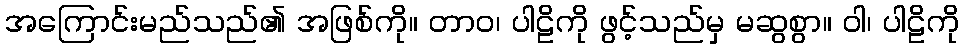
အကြောင်းမည်သည်၏ အဖြစ်ကို။ တာဝ၊ ပါဠိကို ဖွင့်သည်မှ မဆွစွာ။ ဝါ၊ ပါဠိကို